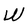
Character: W